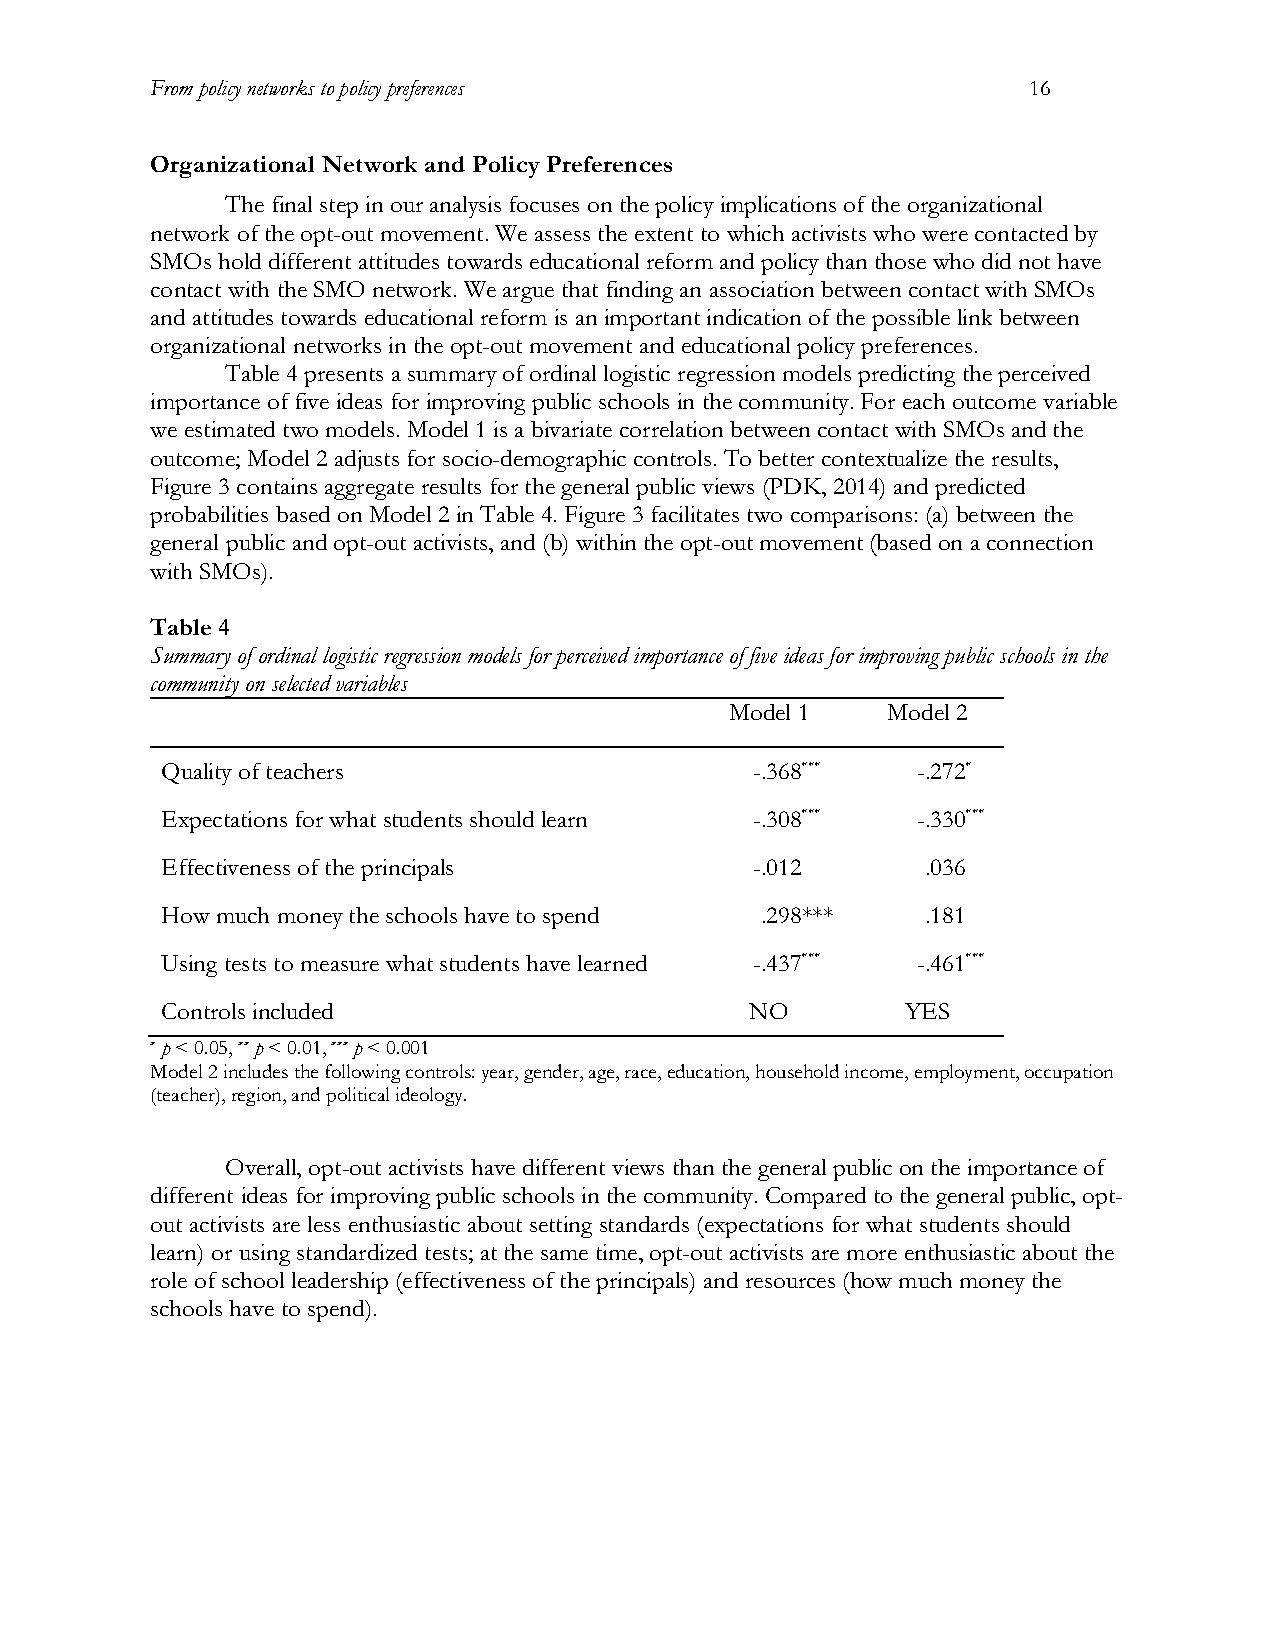
From policy networks to policy preferences                16
 Organizational Network and Policy Preferences
 The final step in our analysis focuses on the policy implications of the organizational
 network of the opt-out movement. We assess the extent to which activists who were contacted by
 SMOs hold different attitudes towards educational reform and policy than those who did not have
 contact with the SMO network. We argue that finding an association between contact with SMOs
 and attitudes towards educational reform is an important indication of the possible link between
 organizational networks in the opt-out movement and educational policy preferences.
 Table 4 presents a summary of ordinal logistic regression models predicting the perceived
 importance of five ideas for improving public schools in the community. For each outcome variable
 we estimated two models. Model 1 is a bivariate correlation between contact with SMOs and the
 outcome; Model 2 adjusts for socio-demographic controls. To better contextualize the results,
 Figure 3 contains aggregate results for the general public views (PDK, 2014) and predicted
 probabilities based on Model 2 in Table 4. Figure 3 facilitates two comparisons: (a) between the
 general public and opt-out activists, and (b) within the opt-out movement (based on a connection
 with SMOs).
 Table 4
 Summary of ordinal logistic regression models for perceived importance of five ideas for improving public schools in the
 community on selected variables
 Model 1    Model 2
 Quality of teachers                    -.368***   -.272*
 Expectations for what students should learn -.308*** -.330***
 Effectiveness of the principals        -.012      .036
 How much money the schools have to spend .298***  .181
 Using tests to measure what students have learned -.437*** -.461***
 Controls included                      NO        YES
 * p < 0.05, ** p < 0.01, *** p < 0.001
 Model 2 includes the following controls: year, gender, age, race, education, household income, employment, occupation
 (teacher), region, and political ideology.
 Overall, opt-out activists have different views than the general public on the importance of
 different ideas for improving public schools in the community. Compared to the general public, opt-
 out activists are less enthusiastic about setting standards (expectations for what students should
 learn) or using standardized tests; at the same time, opt-out activists are more enthusiastic about the
 role of school leadership (effectiveness of the principals) and resources (how much money the
 schools have to spend).